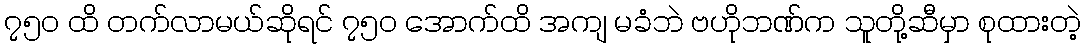
၇၅၀ ထိ တက်လာမယ်ဆိုရင် ၇၅၀ အောက်ထိ အကျ မခံဘဲ ဗဟိုဘဏ်က သူတို့ဆီမှာ စုထားတဲ့